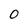
Character: O